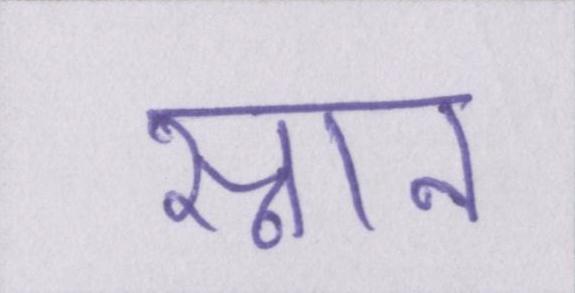
स्नान